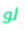
لو